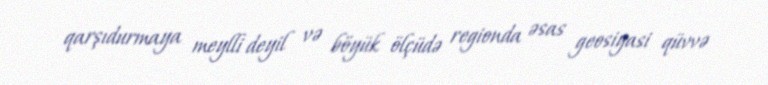
qarşıdurmaya meylli deyil və böyük ölçüdə regionda əsas geosiyasi qüvvə